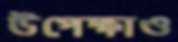
উপেক্ষাও